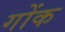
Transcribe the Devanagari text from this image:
गोंक